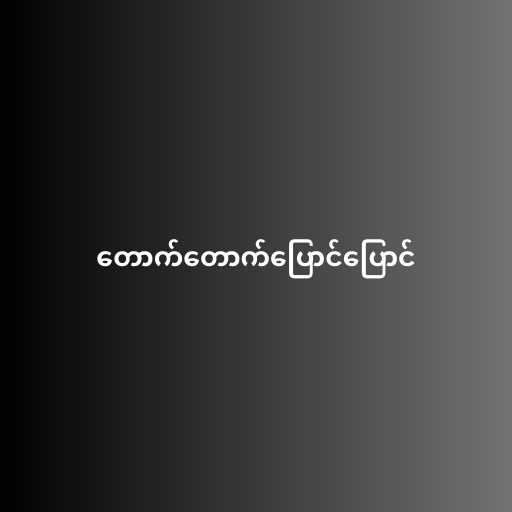
တောက်တောက်ပြောင်ပြောင်